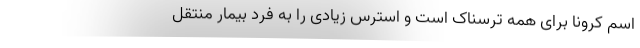
اسم کرونا برای همه ترسناک است و استرس زیادی را به فرد بیمار منتقل